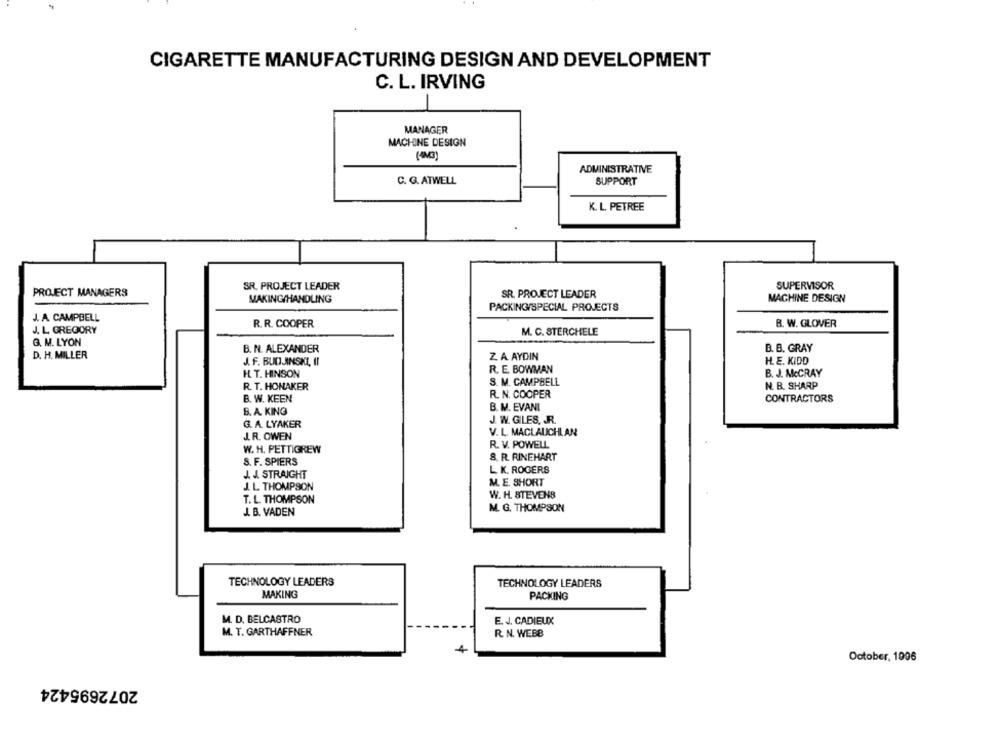
CIGARETTE MANUFACTURING DESIGN AND DEVELOPMENT
C. L. IRVING
MANAGER
MACHINE DESIGN
ADMINISTRATIVE
C. G. ATWELL
SUPPORT
K. L. PETREE
SR. PROJECT LEADER
SUPERVISOR
PROJECT MANAGERS
SR. PROJECT LEADER
MACHINE DESIGN
MAKING/HANDLING
PACKING/SPECIAL PROJECTS
J. A. CAMPBELL
R. R. COOPER
B. W. GLOVER
J. L. GREGORY
M. C. STERCHELE
G. M. LYON
B. N. ALEXANDER
B. B. GRAY
D. H. MILLER
Z. A AYDIN
J. F. BUDANSKI, II
H.E. KIDD
R. E. BOWMAN
B. J. McCRAY
H. T. HINSON
R. T. HONAKER
S. M. CAMPBELL
N. B. SHARP
R. N. COOPER
B. W. KEEN
CONTRACTORS
B. M. EVANI
B. A. KING
G. A. LYAKER
J. W. GILES. . R.
J. R. OWEN
V. L. MACLAUCHLAN
R. V. POWELL
W. H. PETTIGREW
S. F. SPIERS
8. R. RINEHART
J. J. STRAIGHT
L. K. ROGERS
M. E. SHORT
J. L. THOMPSON
W. H. STEVENS
T. L. THOMPSON
J. B. VADEN
M. G. THOMPSON
TECHNOLOGY LEADERS
TECHNOLOGY LEADERS
MAKING
PACKING
M. D. BELCASTRO
E. J. CADIEUX
M. T. GARTHAFFNER
R. N. WEBB
October, 1006
2072695424